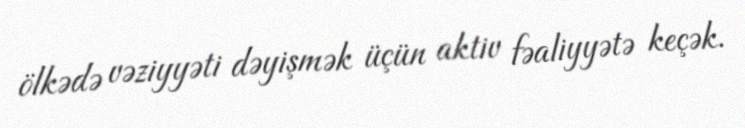
ölkədə vəziyyəti dəyişmək üçün aktiv fəaliyyətə keçək.